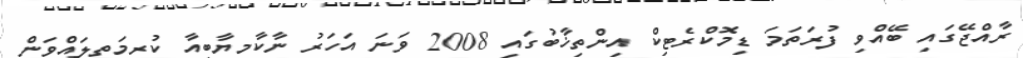
ރާއްޖޭގައި ބޭއްވި ފުރަތަމަ ޑިމޮކްރެޓިކް އިންތިޚާބުގައި 2008 ވަނަ އަހަރު ނާކާމިޔާބީއާ ކުރިމަތިލައްވަން